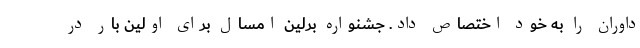
داوران را به خود اختصاص داد. جشنواره برلین امسال برای اولین بار در